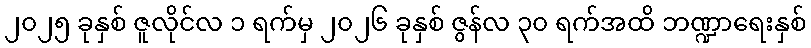
၂၀၂၅ ခုနှစ် ဇူလိုင်လ ၁ ရက်မှ ၂၀၂၆ ခုနှစ် ဇွန်လ ၃၀ ရက်အထိ ဘဏ္ဍာရေးနှစ်